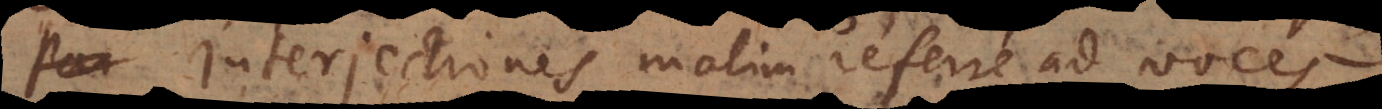
Interjectiones malim referre ad voces